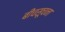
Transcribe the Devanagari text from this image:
बीचसूचना